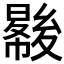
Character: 𡕺